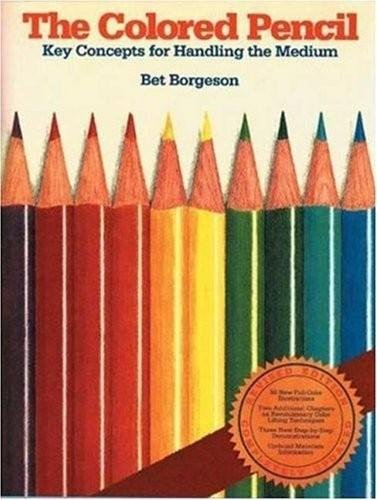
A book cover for The Colored Pencil: Key Concepts for Handling the Medium; Bet Borgeson; Arts & Photography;